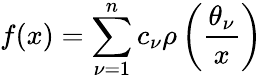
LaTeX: f(x)=\sum_{\nu=1}^{n}c_{\nu}\rho\left({\frac{\theta_{\nu}}{x}}\right)